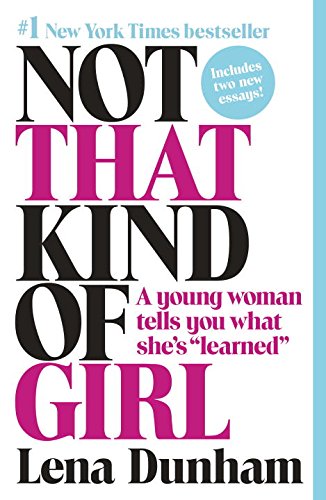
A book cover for Not That Kind of Girl: A Young Woman Tells You What She's "Learned"; Lena Dunham; Humor & Entertainment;